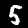
Label: 5